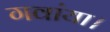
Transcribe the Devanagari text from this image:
गवांया।